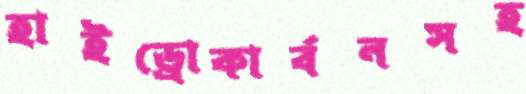
হাইড্রোকার্বনসহ